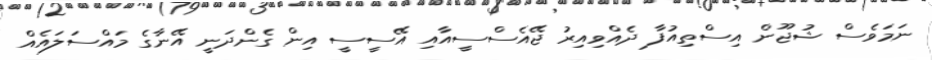
ނަމަވެސް ޝުޖޫން އިސްތިއުފާ ދެއްވިއިރު ޖޭއެސްސީއާއި އޭސީސީ އިން ގެންދަނީ އޭނާގެ މައްސަލައެއް